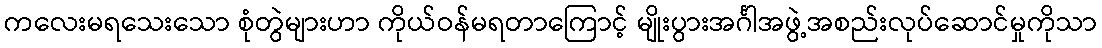
ကလေးမရသေးသော စုံတွဲများဟာ ကိုယ်ဝန်မရတာကြောင့် မျိုးပွားအင်္ဂါအဖွဲ့အစည်းလုပ်ဆောင်မှုကိုသာ